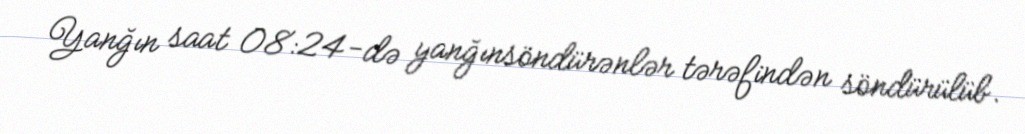
Yanğın saat 08:24-də yanğınsöndürənlər tərəfindən söndürülüb.